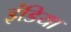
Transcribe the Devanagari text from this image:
इंडिया